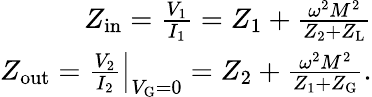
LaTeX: \begin{array}{r}{Z_{\mathrm{in}}=\frac{V_{1}}{I_{1}}=Z_{1}+\frac{\omega^{2}M^{2}}{Z_{2}+Z_{\mathrm{L}}}}\\ {Z_{\mathrm{out}}=\left.\frac{V_{2}}{I_{2}}\right|_{V_{\mathrm{G}}=0}=Z_{2}+\frac{\omega^{2}M^{2}}{Z_{1}+Z_{\mathrm{G}}}.}\end{array}